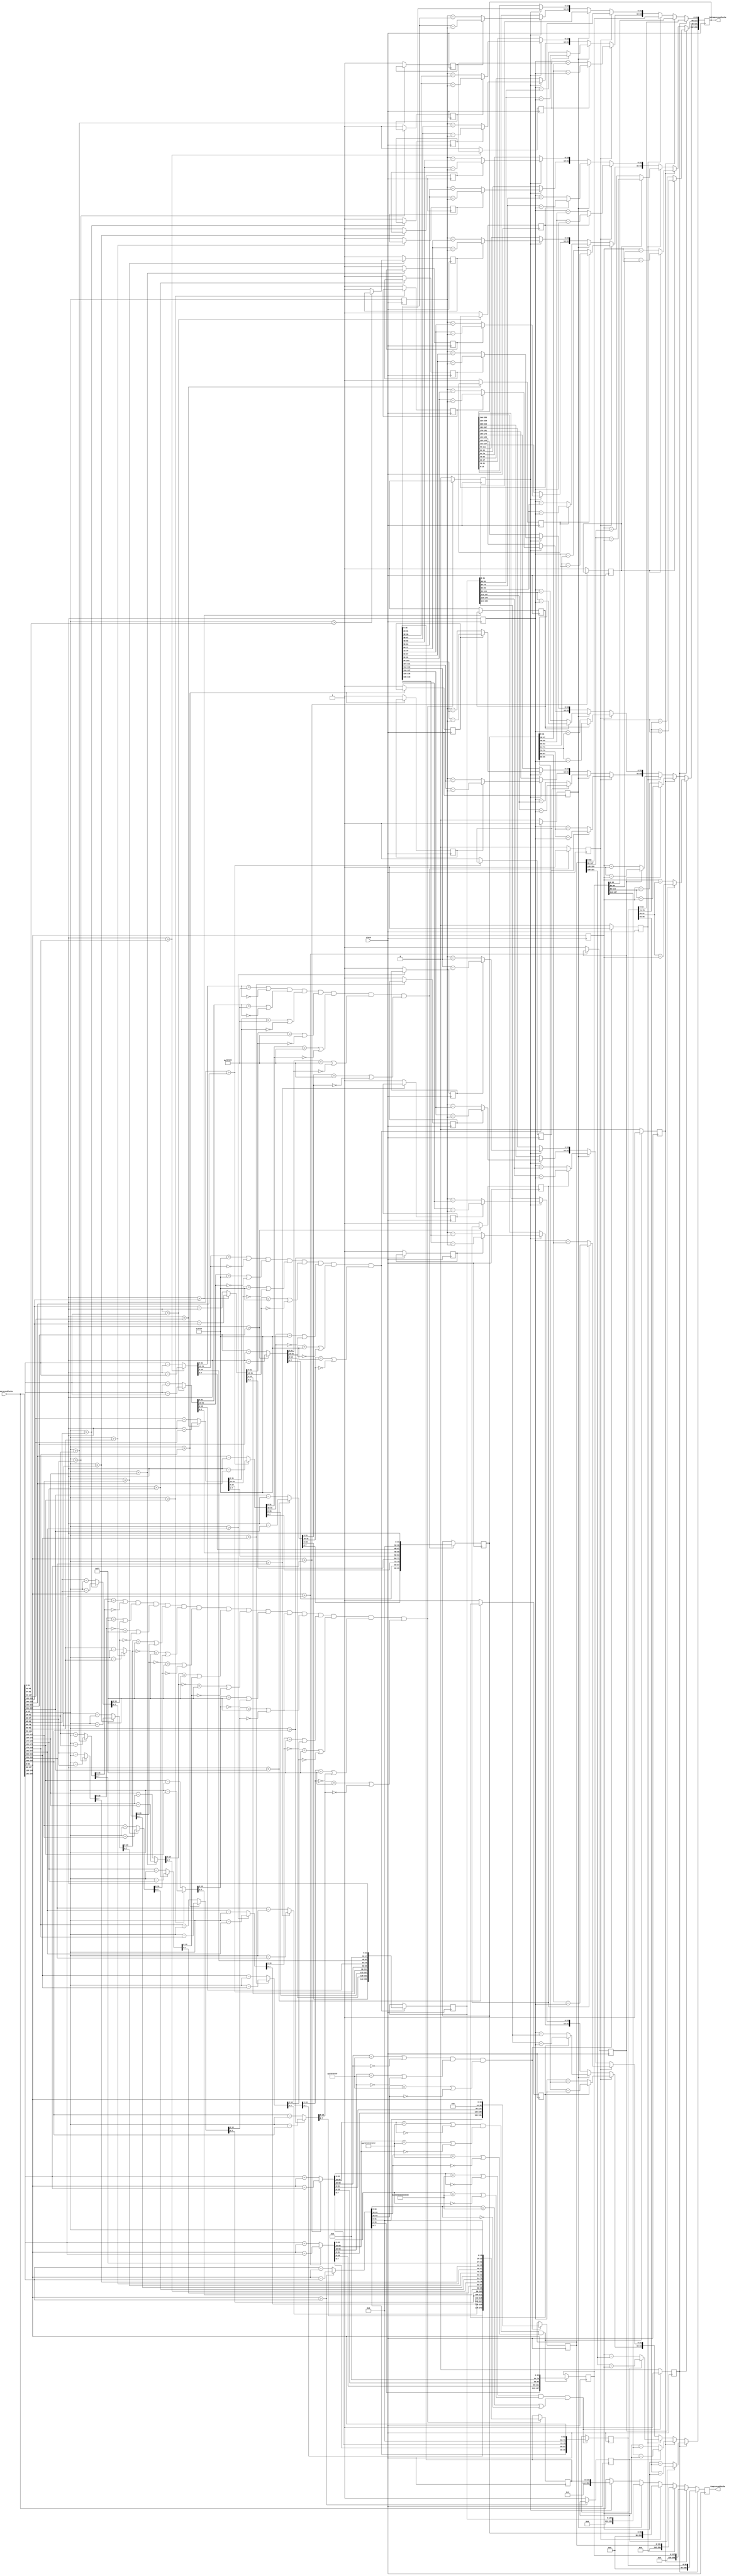
module COMPRESSOR(clock,UnCompressedCache,CompressedCache,DeCompressedCache);
input clock;
input [255:0]UnCompressedCache;
output reg[255:0]CompressedCache,DeCompressedCache;
reg mark8_1=0,mark8_2=0,mark8_3=0;
reg mark4_1 = 0, mark4_2 = 0,mark4_3 = 0,mark4_4 = 0,mark4_5 = 0,mark4_6 = 0,mark4_7 = 0;
reg mark2_1 = 0, mark2_2 = 0,mark2_3 = 0,mark2_4 = 0,mark2_5 = 0,mark2_6 = 0,mark2_7 = 0,mark2_8 = 0,
    mark2_9 = 0,mark2_10 = 0,mark2_11 = 0,mark2_12 = 0,mark2_13 = 0,mark2_14 = 0,mark2_15 = 0;

reg [95:0]CCL1,CCL4;
reg [127:0]CCL2;
reg [191:0]CCL3;
reg [159:0]CCL5;
reg [143:0]CCL6;

reg CoN1,CoN2,CoN3,CoN4,CoN5,CoN6,CoN7,CoN8;
reg [63:0]Base8;
reg [63:0]del8_1,del8_2,del8_3;
reg [31:0]Base4;
reg [31:0] del4_1,del4_2,del4_3,del4_4,del4_5,del4_6,del4_7;
reg [15:0]Base2;
reg [15:0] del2_1,del2_2,del2_3,del2_4,del2_5,del2_6,del2_7,del2_8,del2_9,del2_10,del2_11,del2_12,del2_13,del2_14,del2_15;




//COMPRESSOR BLOCK

always @ (posedge clock)
begin

Base8 = UnCompressedCache[63:0]; //Base is the first value
Base4 = UnCompressedCache[31:0];
Base2 = UnCompressedCache[15:0];

$display("input = %h\n",UnCompressedCache);

//BASE 8

//Calculating all the deltas
if (Base8 > UnCompressedCache[127:64])
del8_1 = Base8 - UnCompressedCache[127:64];
else 
begin
del8_1 = UnCompressedCache[127:64] - Base8 ;
mark8_1 =1;
end

if (Base8 > UnCompressedCache[191:128])
del8_2 = Base8 - UnCompressedCache[191:128];
else 
begin
del8_2 = UnCompressedCache[191:128] - Base8 ;
mark8_2 = 1;
end

if (Base8 > UnCompressedCache[255:192])
del8_3 = Base8 - UnCompressedCache[255:192];
else 
begin
del8_3 = UnCompressedCache[255:192] - Base8 ;
mark8_3=1;
end
$display (" 8_1: del1= %h, del2 =%h, del3 = %h \n",del8_1,del8_2,del8_3);


// Delta = 1 byte
if( ((del8_1[63:8]==56'hFFFFFFFFFFFFFF) || (del8_1[63:8]==56'h00000000000000)) && ((del8_2[63:8]==56'hFFFFFFFFFFFFFF) || (del8_2[63:8]==56'h00000000000000))
		&& ((del8_3[63:8]==56'hFFFFFFFFFFFFFF) || (del8_3[63:8]==56'h00000000000000)))
begin
CoN1=1;
CCL1 = {del8_3[7:0],del8_2[7:0],del8_1[7:0],8'd0,Base8};
end

else 
begin
CoN1 =0;
end
$display ("CoN1 = %b, CCL1 = %h ", CoN1,CCL1);

// Delta = 2 bytes
if( ((del8_1[63:16]==48'hFFFFFFFFFFFF) || (del8_1[63:16]==48'h000000000000)) && ((del8_2[63:16]==48'hFFFFFFFFFFFF) || (del8_2[63:16]==48'h000000000000))
		&& ((del8_3[63:16]==48'hFFFFFFFFFFFF) || (del8_3[63:16]==48'h000000000000)))
begin
CoN2=1;
CCL2 = {del8_3[15:0],del8_2[15:0],del8_1[15:0],16'd0,Base8};
end

else 
begin
CoN2 =0;
end
$display ("CoN2 = %b, CCL2 = %h ", CoN2,CCL2);

// Delta = 4 bytes
if( ((del8_1[63:32]==32'hFFFFFFFF) || (del8_1[63:32]==32'h00000000)) && ((del8_2[63:32]==32'hFFFFFFFF) || (del8_2[63:32]==32'h00000000))
		&& ((del8_3[63:32]==32'hFFFFFFFF) || (del8_3[63:32]==32'h00000000)))
begin
CoN3=1;
CCL3 = {del8_3[31:0],del8_2[31:0],del8_1[31:0],32'd0,Base8};
end

else 
begin
CoN3 =0;
end
$display ("CoN3 = %b, CCL3 = %h ", CoN3,CCL3);



//BASE 4

//Calculating all the deltas

if (Base4 > UnCompressedCache[63:32])
del4_1 = Base4 - UnCompressedCache[63:32];
else 
begin
del4_1 = UnCompressedCache[63:32] - Base4 ;
mark4_1 =1;
end

if (Base4 > UnCompressedCache[95:64])
del4_2 = Base4 - UnCompressedCache[95:64];
else 
begin
del4_2 = UnCompressedCache[95:64] - Base4 ;
mark4_2 =1;
end

if (Base4 > UnCompressedCache[127:96])
del4_3 = Base4 - UnCompressedCache[127:96];
else 
begin
del4_3 = UnCompressedCache[127:96] - Base4 ;
mark4_3 =1;
end

if (Base4 > UnCompressedCache[159:128])
del4_4 = Base4 - UnCompressedCache[159:128];
else 
begin
del4_4 = UnCompressedCache[159:128] - Base4 ;
mark4_4 =1;
end

if (Base4 > UnCompressedCache[191:160])
del4_5 = Base4 - UnCompressedCache[191:160];
else 
begin
del4_5 = UnCompressedCache[191:160] - Base4 ;
mark4_5 =1;
end

if (Base4 > UnCompressedCache[223:192])
del4_6 = Base4 - UnCompressedCache[223:192];
else 
begin
del4_6 = UnCompressedCache[223:192] - Base4 ;
mark4_6 =1;
end

if (Base4 > UnCompressedCache[255:224])
del4_7 = Base4 - UnCompressedCache[255:224];
else 
begin
del4_7 = UnCompressedCache[255:224] - Base4 ;
mark4_7 =1;
end


$display (" BASE 4: del1= %h, del2 =%h, del3 = %h del4 = %h del5 = %h del6 = %h del7 = %h\n",del4_1,del4_2,del4_3,del4_4,del4_5,del4_6,del4_7);


// DELTA = 1 BYTE 
if( ((del4_1[31:8]==24'hFFFFFF) || (del4_1[31:8]==24'h000000)) && ((del4_2[31:8]==24'hFFFFFF) || (del4_2[31:8]==24'h000000))
		&& ((del4_3[31:8]==24'hFFFFFF) || (del4_3[31:8]==24'h000000))  && ((del4_4[31:8]==24'hFFFFFF) || (del4_4[31:8]==24'h000000))  
		&& ((del4_5[31:8]==24'hFFFFFF) || (del4_5[31:8]==24'h000000))  && ((del4_6[31:8]==24'hFFFFFF) || (del4_6[31:8]==24'h000000))
		&& ((del4_7[31:8]==24'hFFFFFF) || (del4_7[31:8]==24'h000000)))
begin
CoN4=1;
CCL4 = {del4_7[7:0],del4_6[7:0],del4_5[7:0],del4_4[7:0],del4_3[7:0],del4_2[7:0],del4_1[7:0],8'd0,Base4};
end

else 
begin
CoN4 =0;
end
$display ("CoN4 = %b, CCL4 = %h ", CoN4,CCL4);


// DELTA = 2 BYTES
if( ((del4_1[31:16]==16'hFFFF) || (del4_1[31:16]==16'h0000)) && ((del4_2[31:16]==16'hFFFF) || (del4_2[31:16]==16'h0000))
		&& ((del4_3[31:16]==16'hFFFF) || (del4_3[31:16]==16'h0000))  && ((del4_4[31:16]==16'hFFFF) || (del4_4[31:16]==16'h0000))  
		&& ((del4_5[31:16]==16'hFFFF) || (del4_5[31:16]==16'h0000))  && ((del4_6[31:16]==16'hFFFF) || (del4_6[31:16]==16'h0000))
		&& ((del4_7[31:16]==16'hFFFF) || (del4_7[31:16]==16'h0000)))
begin
CoN5=1;
CCL5 = {del4_7[15:0],del4_6[15:0],del4_5[15:0],del4_4[15:0],del4_3[15:0],del4_2[15:0],del4_1[15:0],16'd0,Base4};
end

else 
begin
CoN5 =0;
end
$display ("CoN5 = %b, CCL5 = %h ", CoN5,CCL5);



//BASE 2

//Calculating all the deltas

if (Base2 > UnCompressedCache[31:16])
del2_1 = Base2 - UnCompressedCache[31:16];
else 
begin
del2_1 = UnCompressedCache[31:16] - Base2 ;
mark2_1 =1;
end

if (Base2 > UnCompressedCache[47:32])
del2_2 = Base2 - UnCompressedCache[47:32];
else 
begin
del2_2 = UnCompressedCache[47:32] - Base2 ;
mark2_2 =1;
end

if (Base2 > UnCompressedCache[63:48])
del2_3 = Base2 - UnCompressedCache[63:48];
else 
begin
del2_3 = UnCompressedCache[63:48] - Base2 ;
mark2_3 =1;
end

if (Base2 > UnCompressedCache[79:64])
del2_4 = Base2 - UnCompressedCache[79:64];
else 
begin
del2_4 = UnCompressedCache[79:64] - Base2 ;
mark2_4 =1;
end

if (Base2 > UnCompressedCache[95:80])
del2_5 = Base2 - UnCompressedCache[95:80];
else 
begin
del2_5 = UnCompressedCache[95:80] - Base2 ;
mark2_5 =1;
end

if (Base2 > UnCompressedCache[111:96])
del2_6 = Base2 - UnCompressedCache[111:96];
else 
begin
del2_6 = UnCompressedCache[111:96] - Base2 ;
mark2_6 =1;
end

if (Base2 > UnCompressedCache[127:112])
del2_6 = Base2 - UnCompressedCache[127:112];
else 
begin
del2_6 = UnCompressedCache[127:112] - Base2 ;
mark2_6 =1;
end

if (Base2 > UnCompressedCache[143:128])
del2_7 = Base2 - UnCompressedCache[143:128];
else 
begin
del2_7 = UnCompressedCache[143:128] - Base2 ;
mark2_7 =1;
end

if (Base2 > UnCompressedCache[159:144])
del2_8 = Base2 - UnCompressedCache[159:144];
else 
begin
del2_8 = UnCompressedCache[159:144] - Base2 ;
mark2_8 =1;
end

if (Base2 > UnCompressedCache[175:160])
del2_9 = Base2 - UnCompressedCache[175:160];
else 
begin
del2_9 = UnCompressedCache[175:160] - Base2 ;
mark2_9 =1;
end

if (Base2 > UnCompressedCache[191:176])
del2_10 = Base2 - UnCompressedCache[191:176];
else 
begin
del2_10 = UnCompressedCache[191:176] - Base2 ;
mark2_10 =1;
end

if (Base2 > UnCompressedCache[191:176])
del2_11 = Base2 - UnCompressedCache[191:176];
else 
begin
del2_11 = UnCompressedCache[191:176] - Base2 ;
mark2_11 =1;
end

if (Base2 > UnCompressedCache[207:192])
del2_12 = Base2 - UnCompressedCache[207:192];
else 
begin
del2_12 = UnCompressedCache[207:192] - Base2 ;
mark2_12 =1;
end

if (Base2 > UnCompressedCache[223:208])
del2_13 = Base2 - UnCompressedCache[223:208];
else 
begin
del2_13 = UnCompressedCache[223:208] - Base2 ;
mark2_13 =1;
end

if (Base2 > UnCompressedCache[239:224])
del2_14 = Base2 - UnCompressedCache[239:224];
else 
begin
del2_14 = UnCompressedCache[239:224] - Base2 ;
mark2_14 =1;
end

if (Base2 > UnCompressedCache[255:240])
del2_15 = Base2 - UnCompressedCache[255:240];
else 
begin
del2_15 = UnCompressedCache[255:240] - Base2 ;
mark2_15 =1;
end

$display (" BASE 2: del1= %h, del2 =%h, del3 = %h del4 = %h del5 = %h del6 = %h del7 = %h	del8= %h, del9 =%h, del10 = %h del11 = %h del12 = %h del13 = %h del14 = %h del7 = %h \n"
				,del2_1,del2_2,del2_3,del2_4,del2_5,del2_6,del2_7,del2_8,del2_9,del2_10,del2_11,del2_12,del2_13,del2_14,del2_15);

// DELTA = 1 BYTE 
if( ((del2_1[15:8]==24'hFF) || (del2_1[15:8]==24'h00)) && ((del2_2[15:8]==24'hFF) || (del2_2[15:8]==24'h00))
		&& ((del2_3[15:8]==24'hFF) || (del2_3[15:8]==24'h00))  && ((del2_4[15:8]==24'hFF) || (del2_4[15:8]==24'h00))  
		&& ((del2_5[15:8]==24'hFF) || (del2_5[15:8]==24'h00))  && ((del2_6[15:8]==24'hFF) || (del2_6[15:8]==24'h00))
		&& ((del2_7[15:8]==24'hFF) || (del2_7[15:8]==24'h00))  && ((del2_8[15:8]==24'hFF) || (del2_8[15:8]==24'h00))
		&& ((del2_9[15:8]==24'hFF) || (del2_9[15:8]==24'h00))  && ((del2_10[15:8]==24'hFF) || (del2_10[15:8]==24'h00))
		&& ((del2_11[15:8]==24'hFF)|| (del2_11[15:8]==24'h00))&& ((del2_12[15:8]==24'hFF) || (del2_12[15:8]==24'h00))
		&& ((del2_13[15:8]==24'hFF)|| (del2_13[15:8]==24'h00))&& ((del2_14[15:8]==24'hFF) || (del2_14[15:8]==24'h00))
		&& ((del2_15[15:8]==24'hFF)|| (del2_15[15:8]==24'h00)))
begin
CoN6=1;
CCL6 = {del2_15[7:0],del2_14[7:0],del2_13[7:0],del2_12[7:0],del2_11[7:0],del2_10[7:0],del2_9[7:0],del2_8[7:0],del2_7[7:0],del2_6[7:0],del2_5[7:0],del2_4[7:0],del2_3[7:0],del2_2[7:0],del2_1[7:0],8'd0,Base2};
end

else 
begin
CoN6 =0;
end
$display ("CoN6 = %b, CCL6 = %h ", CoN6,CCL6);
end






// DECOMPRESSOR BLOCK

always @ (posedge clock)
begin

//BASE 8 DEL 1 BYTE
if(CoN1==1)
begin
CompressedCache = CCL1;
DeCompressedCache[63:0] = CompressedCache[63:0]; //Base8

if (mark8_1 ==0)
DeCompressedCache[127:64] = Base8 - CompressedCache[79:72];
else 
DeCompressedCache[127:64] = CompressedCache[79:72]- Base8 ;

if (mark8_2 ==0)
DeCompressedCache[191:128] = Base8 - CompressedCache[87:80];
else 
DeCompressedCache[191:128] = CompressedCache[87:80]- Base8 ;

if (mark8_3 ==0)
DeCompressedCache[255:192] = Base8 - CompressedCache[95:88];
else 
DeCompressedCache[255:192] = CompressedCache[95:88]- Base8 ;

end

//BASE 8 DEL 2 BYTES
else if(CoN2==1)
begin
CompressedCache = CCL2;
DeCompressedCache[63:0] = CompressedCache[63:0]; //Base8

if (mark8_1 ==0)
DeCompressedCache[127:64] = Base8 - CompressedCache[95:80];
else 
DeCompressedCache[127:64] = CompressedCache[95:80]- Base8 ;

if (mark8_2 ==0)
DeCompressedCache[191:128] = Base8 - CompressedCache[111:96];
else 
DeCompressedCache[191:128] = CompressedCache[111:96]- Base8 ;

if (mark8_3 ==0)
DeCompressedCache[255:192] = Base8 - CompressedCache[127:112];
else 
DeCompressedCache[255:192] = CompressedCache[127:112]- Base8 ;

end

//BASE 8 DEL 4 BYTES
else if(CoN3==1)
begin
CompressedCache = CCL3;
DeCompressedCache[63:0] = CompressedCache[63:0]; //Base8

if (mark8_1 ==0)
DeCompressedCache[127:64] = Base8 - CompressedCache[127:96];
else 
DeCompressedCache[127:64] = CompressedCache[127:96]- Base8 ;

if (mark8_2 ==0)
DeCompressedCache[191:128] = Base8 - CompressedCache[159:128];
else 
DeCompressedCache[191:128] = CompressedCache[159:128]- Base8 ;

if (mark8_3 ==0)
DeCompressedCache[255:192] = Base8 - CompressedCache[191:160];
else 
DeCompressedCache[255:192] = CompressedCache[191:160]- Base8 ;
end

//BASE 4 DEL 1 BYTE
else if(CoN4==1)
begin
CompressedCache = CCL4; //96 BITS
DeCompressedCache[31:0] = CompressedCache[31:0]; //Base4

if (mark4_1 == 0)
DeCompressedCache[63:32] = Base4 - CompressedCache[47:40];
else 
DeCompressedCache[63:32] = CompressedCache[47:40]- Base4 ;

if (mark4_2 == 0)
DeCompressedCache[95:64] = Base4 - CompressedCache[55:48];
else 
DeCompressedCache[95:64] = CompressedCache[55:48]- Base4 ;

if (mark4_3 == 0)
DeCompressedCache[127:96] = Base4 - CompressedCache[63:56];
else 
DeCompressedCache[127:96] = CompressedCache[63:56]- Base4 ;

if (mark4_4 == 0)
DeCompressedCache[159:128] = Base4 - CompressedCache[71:64];
else 
DeCompressedCache[159:128] = CompressedCache[71:64]- Base4 ;

if (mark4_5 == 0)
DeCompressedCache[191:160] = Base4 - CompressedCache[79:72];
else 
DeCompressedCache[191:160] = CompressedCache[79:72]- Base4 ;

if (mark4_6 == 0)
DeCompressedCache[223:192] = Base4 - CompressedCache[87:80];
else 
DeCompressedCache[223:192] = CompressedCache[87:80]- Base4 ;

if (mark4_7 == 0)
DeCompressedCache[255:224] = Base4 - CompressedCache[95:88];
else 
DeCompressedCache[255:224] = CompressedCache[95:88]- Base4 ;
end

//BASE 4 DEL 2 BYTES
else if(CoN5==1)
begin
CompressedCache = CCL5; //160 BITS
DeCompressedCache[31:0] = CompressedCache[31:0]; //Base4

if (mark4_1 == 0)
DeCompressedCache[63:32] = Base4 - CompressedCache[63:48];
else 
DeCompressedCache[63:32] = CompressedCache[63:48]- Base4 ;

if (mark4_2 == 0)
DeCompressedCache[95:64] = Base4 - CompressedCache[79:64];
else 
DeCompressedCache[95:64] = CompressedCache[79:64]- Base4 ;

if (mark4_3 == 0)
DeCompressedCache[127:96] = Base4 - CompressedCache[95:80];
else 
DeCompressedCache[127:96] = CompressedCache[95:80]- Base4 ;

if (mark4_4 == 0)
DeCompressedCache[159:128] = Base4 - CompressedCache[111:96];
else 
DeCompressedCache[159:128] = CompressedCache[111:96]- Base4 ;

if (mark4_5 == 0)
DeCompressedCache[191:160] = Base4 - CompressedCache[127:112];
else 
DeCompressedCache[191:160] = CompressedCache[127:112]- Base4 ;

if (mark4_6 == 0)
DeCompressedCache[223:192] = Base4 - CompressedCache[143:128];
else 
DeCompressedCache[223:192] = CompressedCache[143:128]- Base4 ;

if (mark4_7 == 0)
DeCompressedCache[255:224] = Base4 - CompressedCache[159:144];
else 
DeCompressedCache[255:224] = CompressedCache[159:144]- Base4 ;
end


//BASE 2 DEL 1 BYTE
else if(CoN6==1)
begin
CompressedCache = CCL6; //144 BITS
DeCompressedCache[15:0] = CompressedCache[15:0]; //Base2

if (mark2_1 == 0)
DeCompressedCache[31:16] = Base2 - CompressedCache[31:24];
else 
DeCompressedCache[31:16] = CompressedCache[31:24]- Base2 ;

if (mark2_2 == 0)
DeCompressedCache[47:32] = Base2 - CompressedCache[39:32];
else 
DeCompressedCache[47:32] = CompressedCache[39:32]- Base2 ;

if (mark2_3 == 0)
DeCompressedCache[63:48] = Base2 - CompressedCache[47:40];
else 
DeCompressedCache[63:48] = CompressedCache[47:40]- Base2 ;

if (mark2_4 == 0)
DeCompressedCache[79:64] = Base2 - CompressedCache[55:48];
else 
DeCompressedCache[79:64] = CompressedCache[55:48]- Base2 ;

if (mark2_5 == 0)
DeCompressedCache[95:80] = Base2 - CompressedCache[63:56];
else 
DeCompressedCache[95:80] = CompressedCache[63:56]- Base2 ;

if (mark2_6 == 0)
DeCompressedCache[111:96] = Base2 - CompressedCache[71:64];
else 
DeCompressedCache[111:96] = CompressedCache[71:64]- Base2 ;

if (mark2_7 == 0)
DeCompressedCache[127:112] = Base2 - CompressedCache[79:72];
else 
DeCompressedCache[127:112] = CompressedCache[79:72]- Base2 ;

if (mark2_8 == 0)
DeCompressedCache[143:128] = Base2 - CompressedCache[87:80];
else 
DeCompressedCache[143:128] = CompressedCache[87:80]- Base2 ;

if (mark2_9 == 0)
DeCompressedCache[159:144] = Base2 - CompressedCache[95:88];
else 
DeCompressedCache[159:144] = CompressedCache[95:88]- Base2 ;

if (mark2_10 == 0)
DeCompressedCache[175:160] = Base2 - CompressedCache[103:96];
else 
DeCompressedCache[175:160] = CompressedCache[103:96]- Base2 ;

if (mark2_11 == 0)
DeCompressedCache[191:176] = Base2 - CompressedCache[111:104];
else 
DeCompressedCache[191:176] = CompressedCache[111:104]- Base2 ;

if (mark2_12 == 0)
DeCompressedCache[207:192] = Base2 - CompressedCache[119:112];
else 
DeCompressedCache[207:192] = CompressedCache[119:112]- Base2 ;

if (mark2_13 == 0)
DeCompressedCache[223:208] = Base2 - CompressedCache[127:120];
else 
DeCompressedCache[223:208] = CompressedCache[127:120]- Base2 ;

if (mark2_14 == 0)
DeCompressedCache[239:224] = Base2 - CompressedCache[135:128];
else 
DeCompressedCache[239:224] = CompressedCache[135:128]- Base2 ;

if (mark2_15 == 0)
DeCompressedCache[255:240] = Base2 - CompressedCache[143:136];
else 
DeCompressedCache[255:240] = CompressedCache[143:136]- Base2 ;
end

//No Compression feasible
else
CompressedCache = UnCompressedCache;


end

endmodule